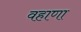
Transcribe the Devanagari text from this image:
वहाणा